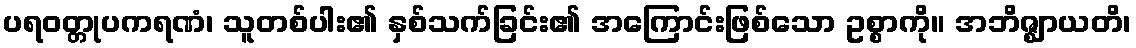
ပရဝတ္တုပကရဏံ၊ သူတစ်ပါး၏ နှစ်သက်ခြင်း၏ အကြောင်းဖြစ်သော ဥစ္စာကို။ အဘိဇ္ဈာယတိ၊